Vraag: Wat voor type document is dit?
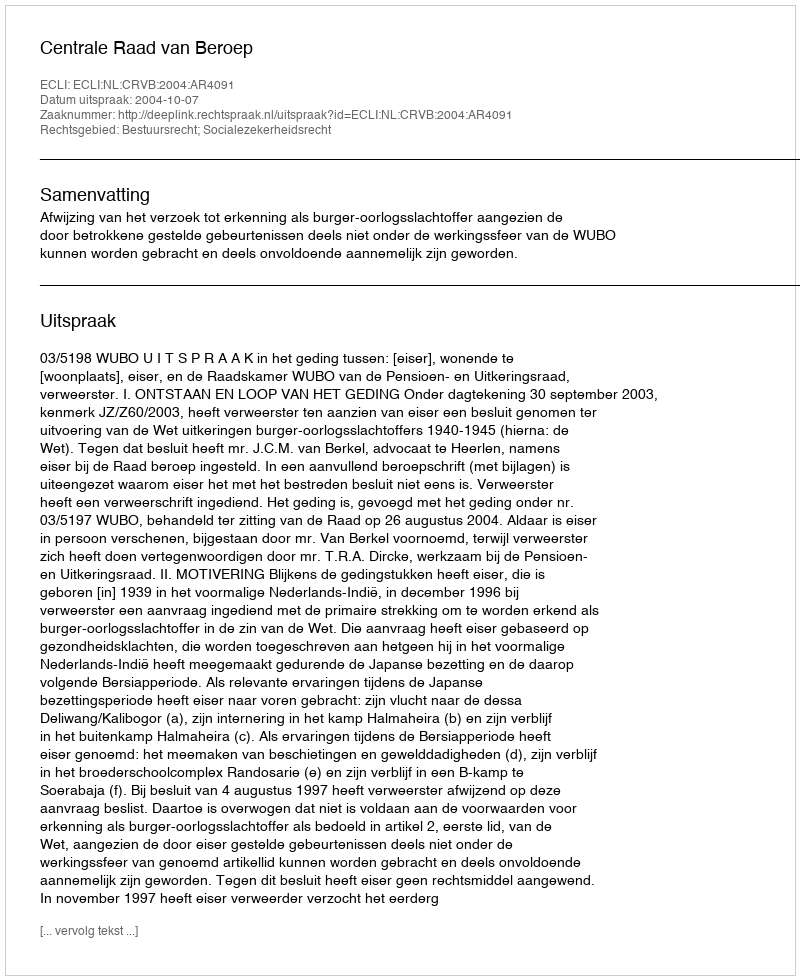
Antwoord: Uitspraak